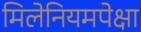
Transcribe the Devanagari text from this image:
मिलेनियमपेक्षा